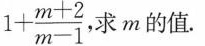
1 + \frac{m+2}{m-1}$$ 求m的值。